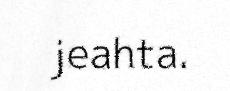
jeahta.